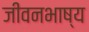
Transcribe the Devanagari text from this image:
जीवनभाष्य